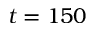
t = 1 5 0